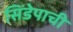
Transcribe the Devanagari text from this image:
सिंडेपाची